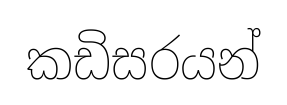
කඩිසරයන්